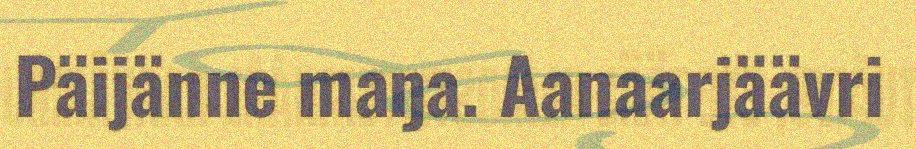
Päijänne maŋa. Aanaarjäävri